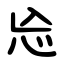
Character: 㤀